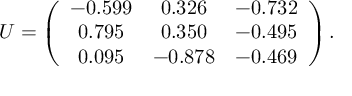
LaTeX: U = \left( \begin{array} { c c c } { { - 0 . 5 9 9 } } & { { 0 . 3 2 6 } } & { { - 0 . 7 3 2 } } \\ { { 0 . 7 9 5 } } & { { 0 . 3 5 0 } } & { { - 0 . 4 9 5 } } \\ { { 0 . 0 9 5 } } & { { - 0 . 8 7 8 } } & { { - 0 . 4 6 9 } } \end{array} \right) .